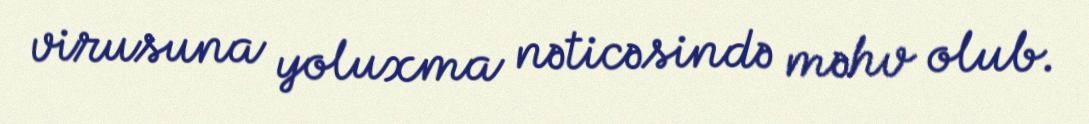
virusuna yoluxma nəticəsində məhv olub.